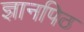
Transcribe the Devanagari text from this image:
ज्ञानपिठ